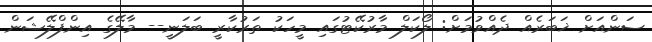
ސަންއަށް ޚަބަރެއް ދެއްވުމަށް: ލޯކަލް މާރުކޭޓުގައި މީހަކު ތަރުކާރީ ބަލަނީ-- މާލޭގެ އިންފްލޭޝަން